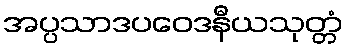
အပ္ပသာဒပဝေဒနီယသုတ္တံ